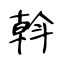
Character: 斡